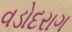
વડોદરાગ